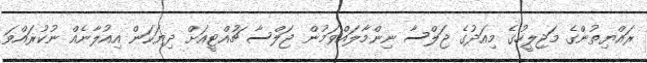
ރައްޔިތުންގެ މަޖިލީހުގެ މިއަދުގެ ޖަލްސާ ނިންމާލައްވަމުން ޖަލްސާ ޗުއްޓީއަށް ދިޔަކަން އިއުލާނެއް ނުކުރައްވަ